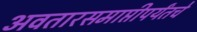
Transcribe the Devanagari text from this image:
अवतारसमाप्तीपर्यंतचे